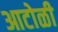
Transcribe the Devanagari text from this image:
आटोळी